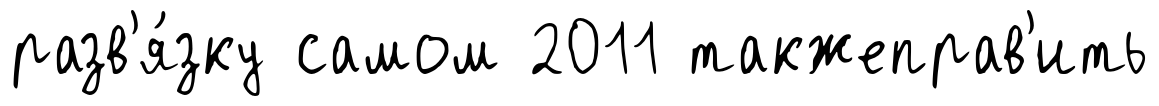
разв'я́зку самом 2011 такжеправ'ить